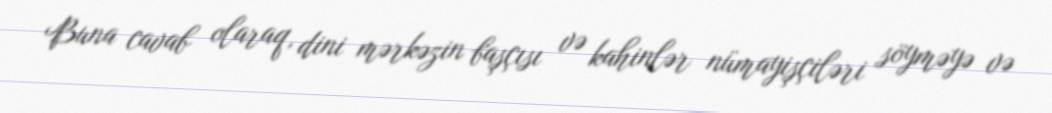
Buna cavab olaraq, dini mərkəzin başçısı və kahinlər nümayişçiləri söyməyə və